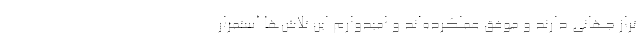
تراز جهانی دارند و موفق عملکرده‌اند و امیدوارم این تلاش‌ها استمرار